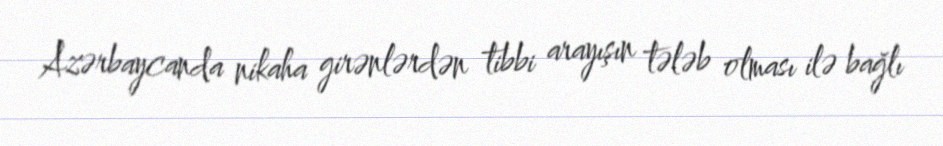
Azərbaycanda nikaha girənlərdən tibbi arayışın tələb olması ilə bağlı